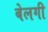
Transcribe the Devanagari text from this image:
बेलगी